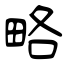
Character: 略